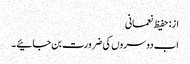
از: حفیظ نعمانی
اب دوسروں کی ضرورت بن جائیے ۔